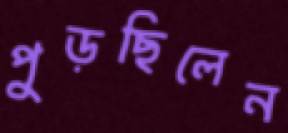
পুড়ছিলেন